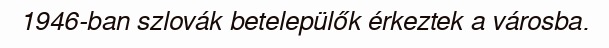
1946-ban szlovák betelepülők érkeztek a városba.